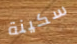
سكينة